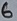
Text: 6